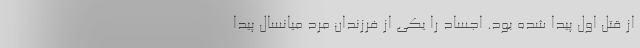
از قتل اول پیدا شده بود. اجساد را یکی از فرزندان مرد میانسال پیدا